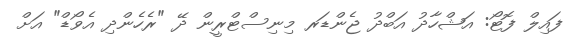
ފައިލް ފޮޓޯ: އަޝްހާދު އަބްދު ޖެންޑަރ މިނިސްޓްރީން ދޭ "ރެހެންދި އެވޯޑް" އަށް